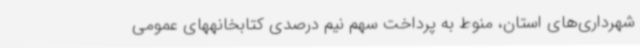
شهرداری‌های استان، منوط به پرداخت سهم نیم درصدی کتابخانههای عمومی